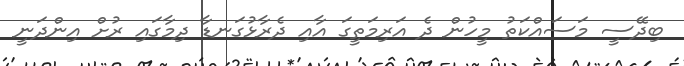
ބިދޭސީ މަސައްކަތު މީހުން ދެ އަރިމަތީގަ އާއި ދެރާޅުގަނޑާ ދިމާގައި ރުށް އިންދަނީ